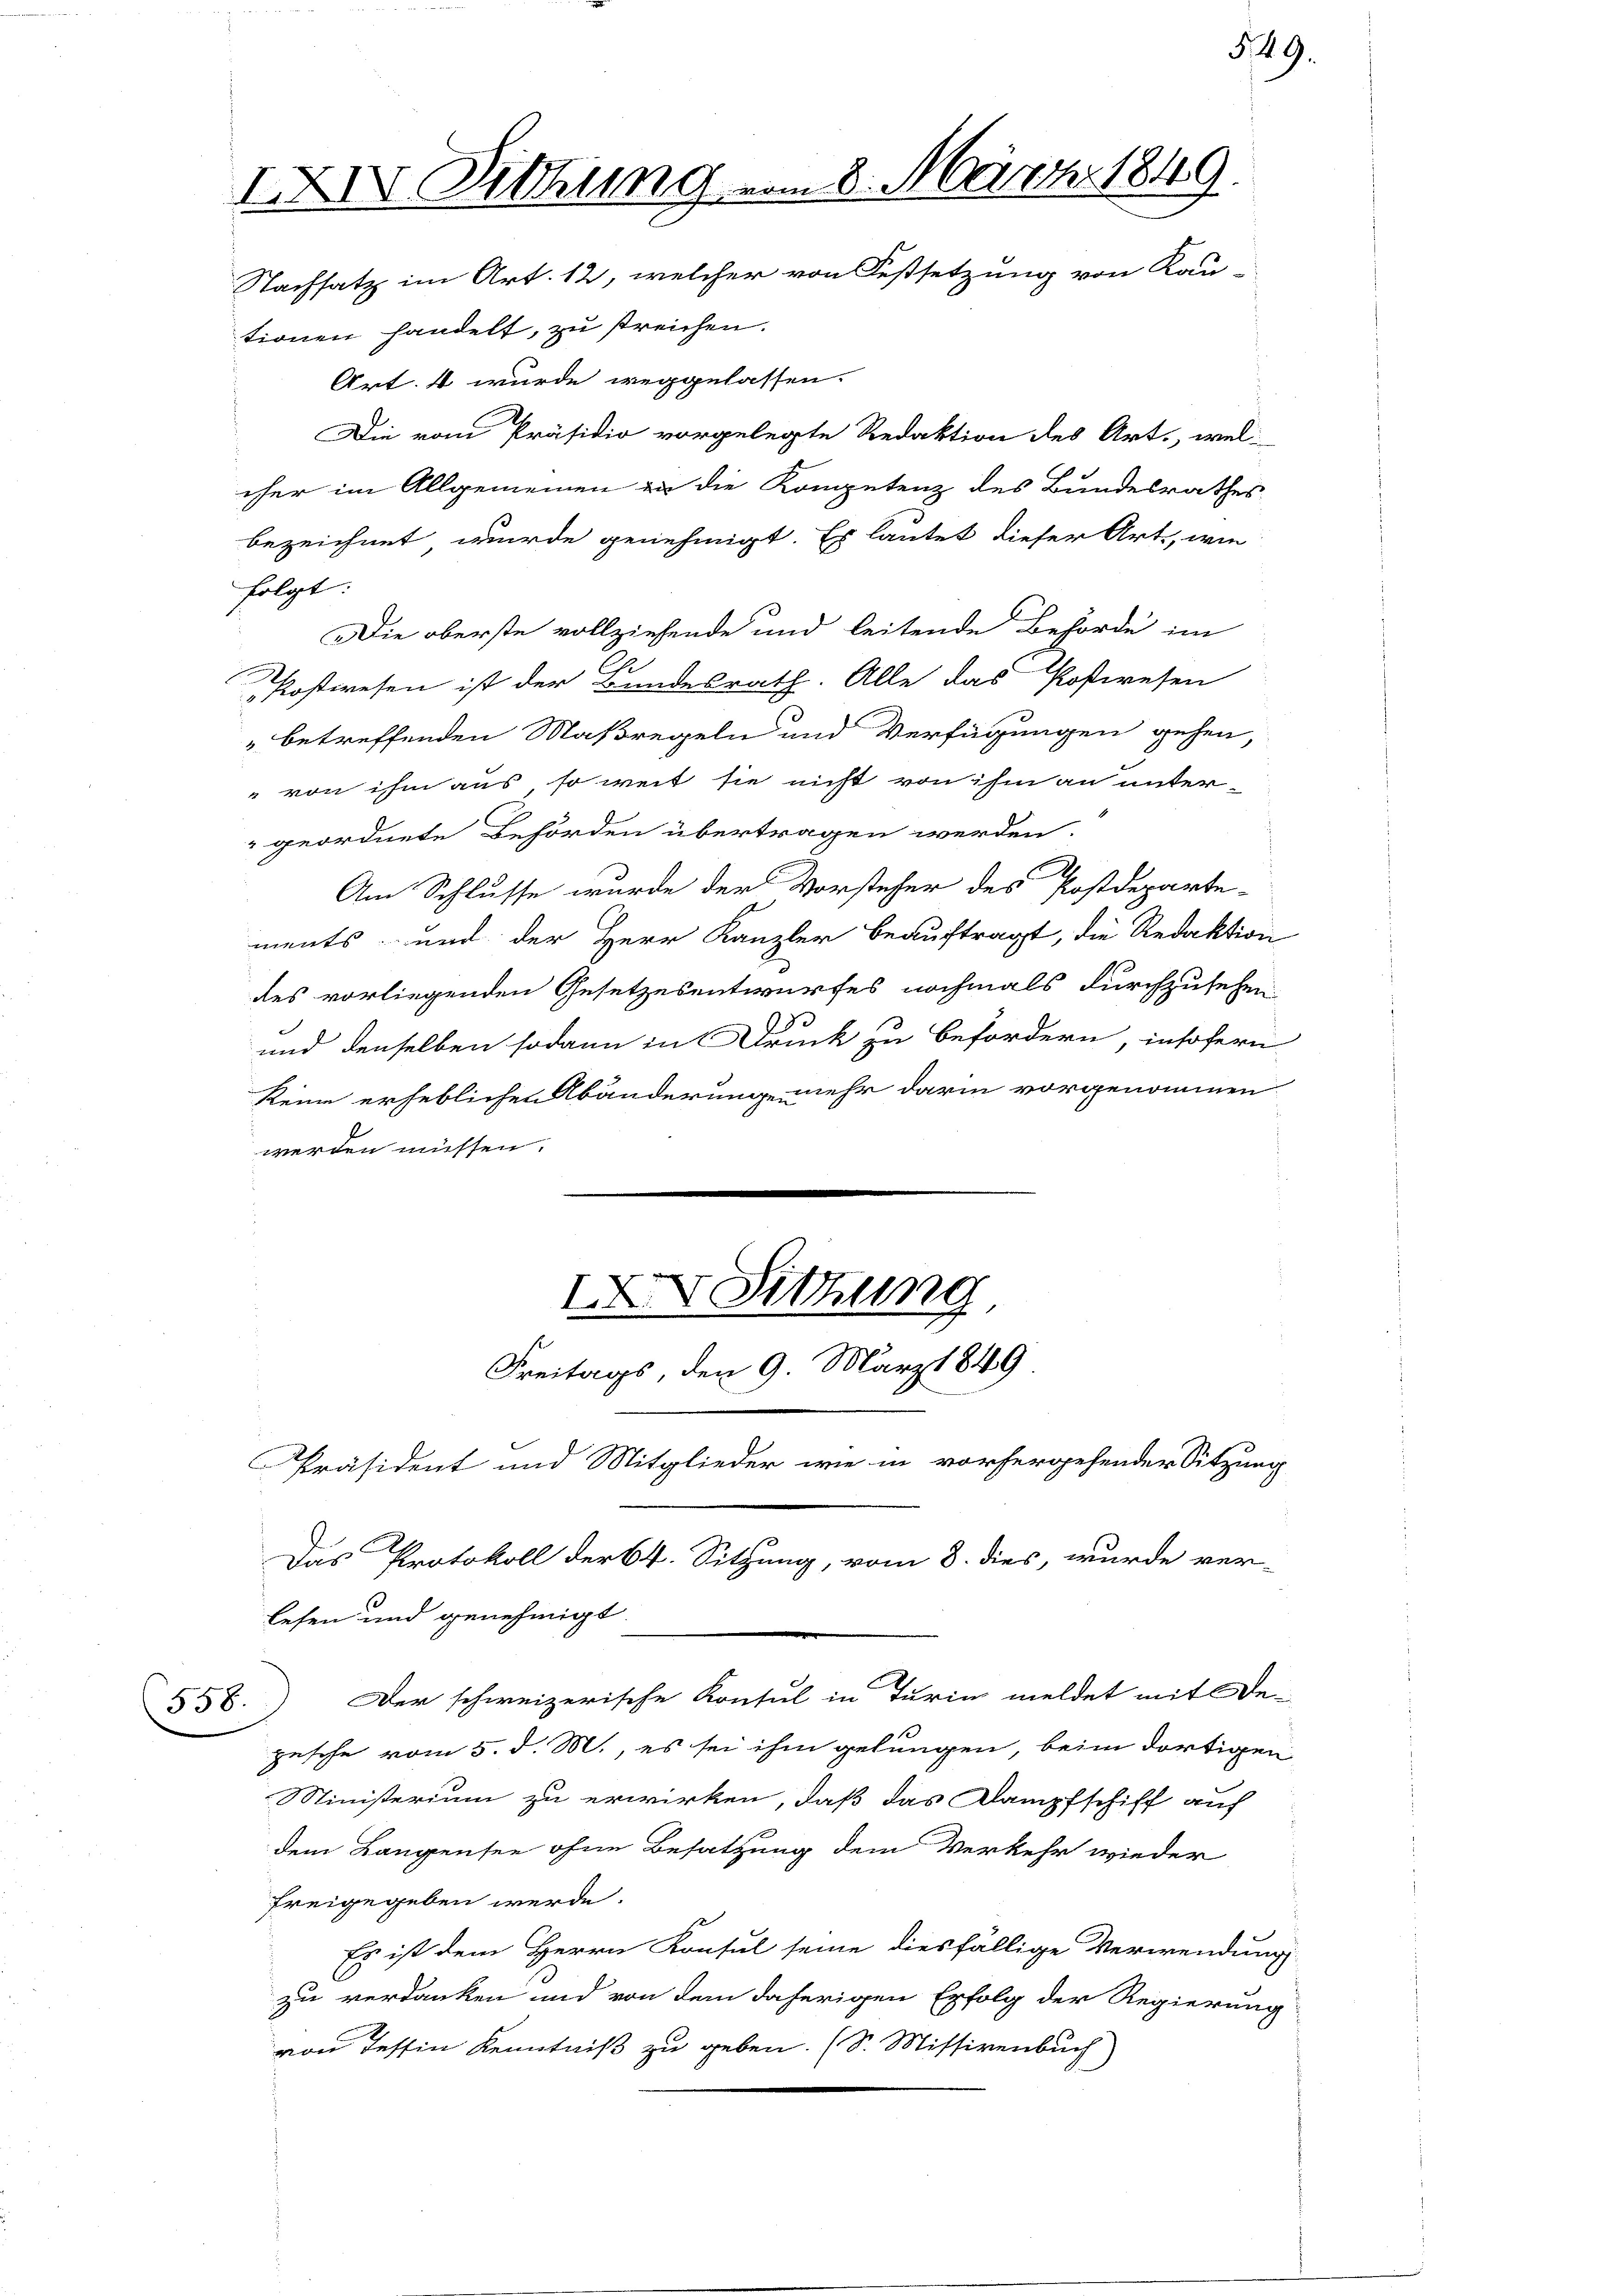
Art. 4 wurde weggelassen.
Die vom Präsidio vorgelegte Redaktion des Art., wel-
eher im Allgemeinen zu die Kompetenz des Bundesrathes
bezeichnet wurde genehmigt. Es lautet dieser Art, wie
folgt:
Die oberste vollziehende und leitende Behörde im
Postwesen ist der Bundesrath. Alle das Postwesen
" betreffenden Maßregeln und Verfügungen gehen,
" von ihm aus, so weit sie nicht von ihm an untergeordnete Behörden übertragen werden.
A
Am Schlusse wurde der Vorsteher des Postdeparte-
ments und der Herr Kanzler beauftragt, die Redaktion
des vorliegenden Gesetzesentwurfes nochmals durchzusehen
e
und denselben sodann in Druck zu befördern, insofern
keine erheblichen Abänderung mehr darin vorgenommen
werden müssen.
I Sitzung
Freitags, den 9. März 1849.
Präsident und Mitglieder wie in vorhergehender Sitzung

Das Protokoll der 64. Sitzung, vom 8. dies, wurde ver-
lesen und genehmigt.
Der schweizerische Konsul in Turin meldet mit De-
558.
Zusche vom 5. d. M., es sei ihm gelungen, beim dortigen
Ministerium zu erwirken, daß das Dampfschiff auf
dem Langensee ohne Besatzung dem Verkehr wieder
freigegeben werde.
Es ist dem Herrn Konsul seine diesfällige Verwendung
zu verdanken und von dem daherigen Erfolg der Regierung
von Tessin Kenntniß zu geben. (S. Missivenbuch)

IXIV Sitzung vom 8. März 1849
Nachsatz im Art. 12, welcher von Festsetzung von Kau-
tionen handelt, zu streichen.

§ 49.